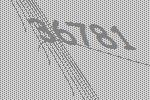
36781